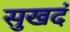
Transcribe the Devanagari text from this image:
सुखदं